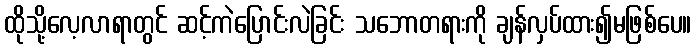
ထိုသို့လေ့လာရာတွင် ဆင့်ကဲပြောင်းလဲခြင်း သဘောတရားကို ချန်လှပ်ထား၍မဖြစ်ပေ။